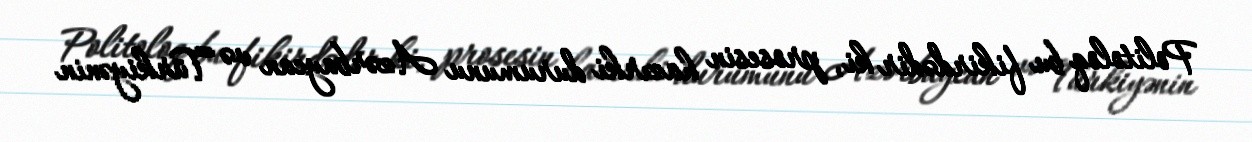
Politoloq bu fikirdədir ki, prosesin hazırki durumunu Azərbaycan və Türkiyənin